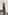
Text: 1